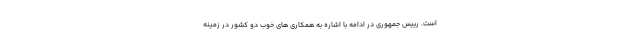
است. رییس جمهوری در ادامه با اشاره به همکاری های خوب دو کشور در زمینه